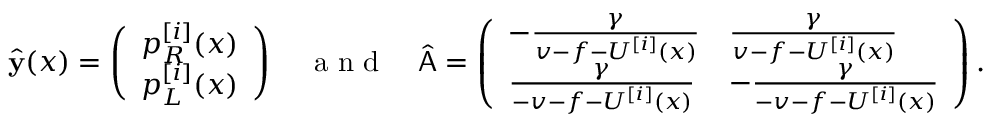
\hat { \mathbf { y } } ( x ) = \left( \begin{array} { l } { p _ { R } ^ { [ i ] } ( x ) } \\ { p _ { L } ^ { [ i ] } ( x ) } \end{array} \right) \quad \mathrm { ~ a ~ n ~ d ~ } \quad \hat { \mathsf { A } } = \left( \begin{array} { l l } { - \frac { \gamma } { v - f - U ^ { [ i ] } ( x ) } } & { \frac { \gamma } { v - f - U ^ { [ i ] } ( x ) } } \\ { \frac { \gamma } { - v - f - U ^ { [ i ] } ( x ) } } & { - \frac { \gamma } { - v - f - U ^ { [ i ] } ( x ) } } \end{array} \right) .